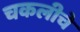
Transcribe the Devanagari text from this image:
चकलीचे